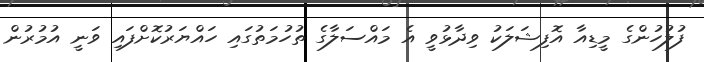
ފުލުހުންގެ މީޑިއާ އޮފިޝަލަކު ވިދާޅުވީ އެ މައްސަލާގެ ތުހުމަތުގައި ހައްޔަރުކޮށްފައި ވަނީ އުމުރުން